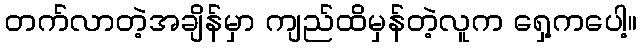
တက်လာတဲ့အချိန်မှာ ကျည်ထိမှန်တဲ့လူက ရှေ့ကပေါ့။